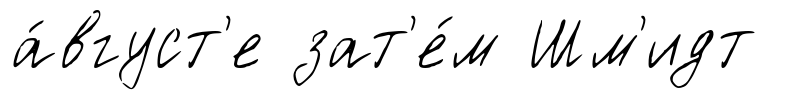
а́вгуст'е зат'е́м Шм'идт